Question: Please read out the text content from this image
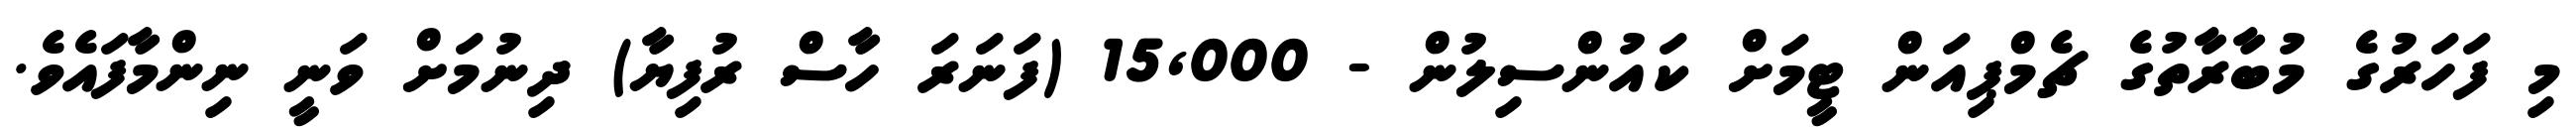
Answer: މި ފަހަރުގެ މުބާރާތުގެ ޗެމްޕިއަން ޓީމަށް ކައުންސިލުން - 15,000 (ފަނަރަ ހާސް ރުފިޔާ) ދިނުމަށް ވަނީ ނިންމާފައެވެ.